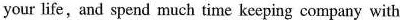
your life,and spend much time keeping company with